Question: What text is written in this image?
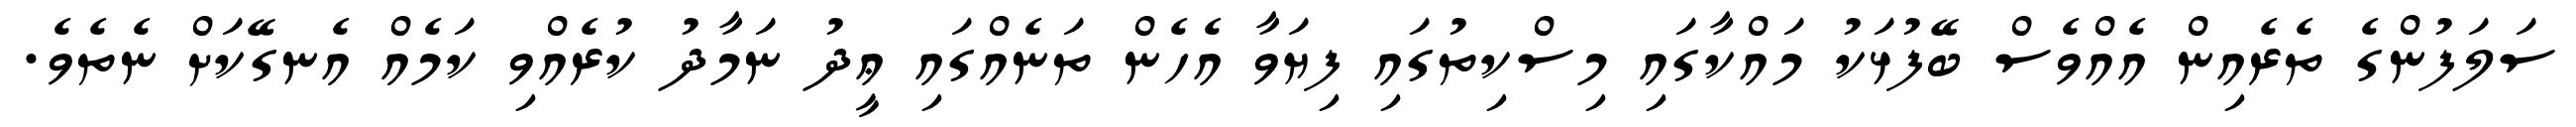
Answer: ސަލަފުންގެ ތެރެއިން އެއްވެސް ބޭފުޅަކު މައްކާގައި މިސްކިތުގައި ފިޔަވާ އެހެން ތަނެއްގައި ޢީދު ނަމާދު ކުރެއްވި ކަމެއް އެނގޭކަށް ނެތެވެ.